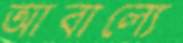
আবাল্যে